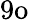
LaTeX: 9\textup{o}